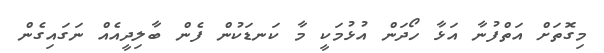
މިގޮތަށް އަތްފުނާ އަޅާ ހޯދަން އުޅުމަކީ މާ ކަނޑަކުން ފެން ބާލިދީއެއް ނަގައިގެން